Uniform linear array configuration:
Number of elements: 8
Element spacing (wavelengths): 0.25
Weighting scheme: hamming
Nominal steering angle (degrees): -60
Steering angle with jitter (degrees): -61.079
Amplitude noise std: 0.05
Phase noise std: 0.05

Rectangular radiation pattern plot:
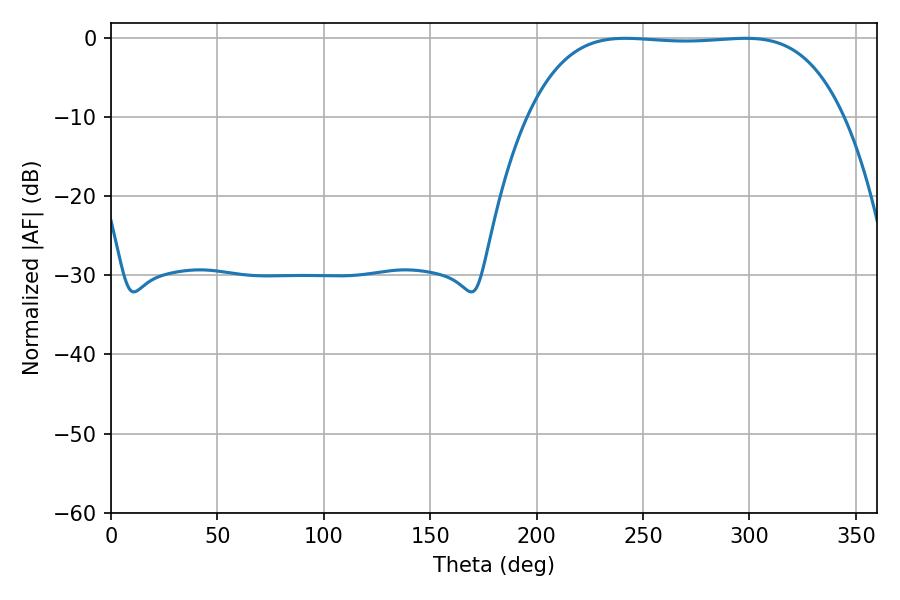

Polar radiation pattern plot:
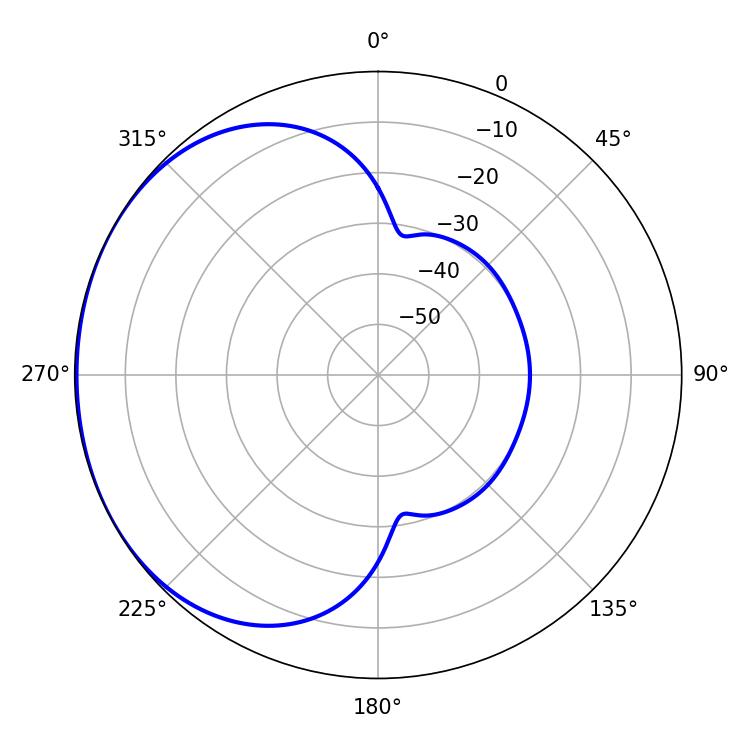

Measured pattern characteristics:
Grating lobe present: FALSE
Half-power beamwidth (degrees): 115.56
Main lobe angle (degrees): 241.74